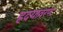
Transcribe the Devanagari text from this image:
ह्रदयावरण